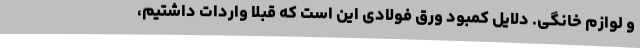
و لوازم خانگی. دلایل کمبود ورق فولادی این است که قبلا واردات داشتیم،